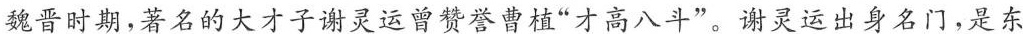
魏晋时期，著名的大才子谢灵运曾赞誉曹植”才高八斗”。谢灵运出身名门，是东